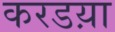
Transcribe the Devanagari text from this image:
करडय़ा